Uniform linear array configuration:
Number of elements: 16
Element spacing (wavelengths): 0.75
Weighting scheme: exponential
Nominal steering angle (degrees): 30
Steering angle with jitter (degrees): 29.383
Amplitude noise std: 0.05
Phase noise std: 0.05

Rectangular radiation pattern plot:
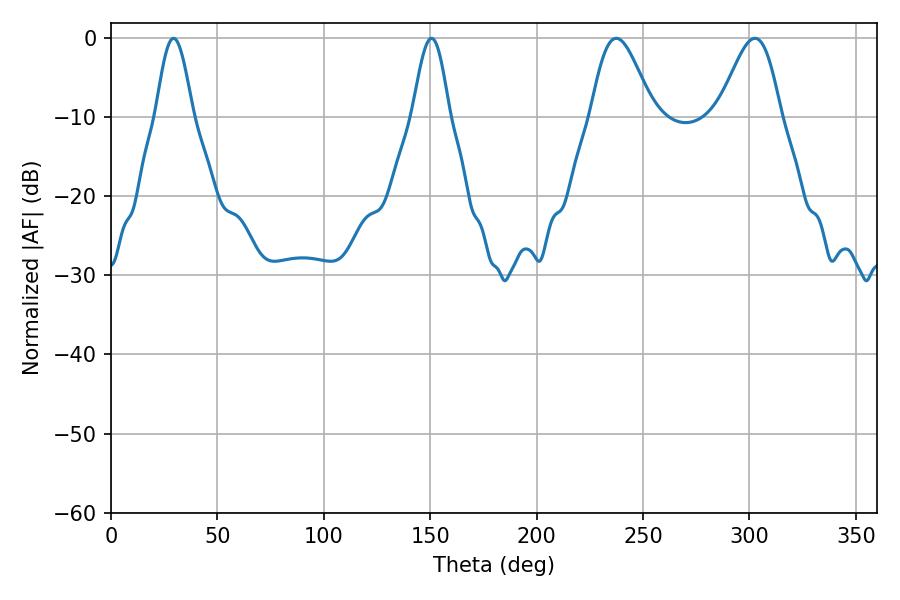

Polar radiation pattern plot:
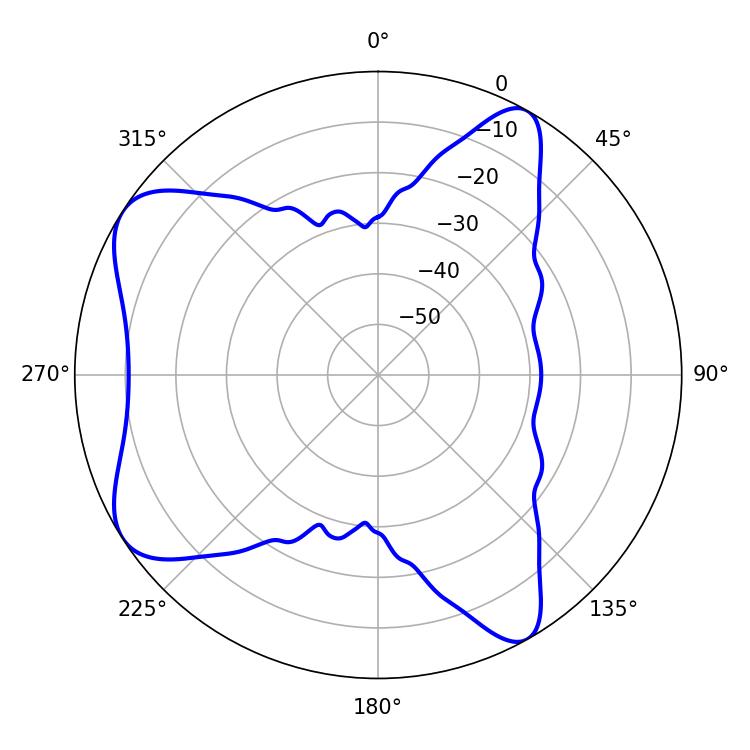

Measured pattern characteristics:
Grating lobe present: TRUE
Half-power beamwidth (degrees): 15.48
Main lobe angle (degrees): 237.42